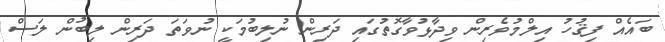
ބައެއް ފިޤުހު އިލްމުވެރިން ވިދާޅުވާގޮތުގައި ދަރިން ނުލިބުމަކީ ނުވަތަ ދަރިން ލިބުން ލަސް